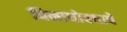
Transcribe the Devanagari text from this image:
बिनाधोक्याचे